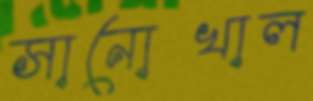
সানোখাল